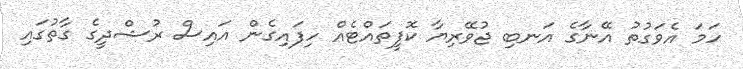
ހަމަ އެވަގުތު އޭނާގެ އަނބި ޖުވޭރިޔާ ކޮފީތައްޓެއް ހިފައިގެން އައިސް ރުޝްދީގެ ގާތުގައި